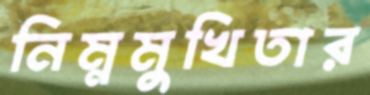
নিম্নমুখিতার